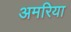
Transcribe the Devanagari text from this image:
अमरिया